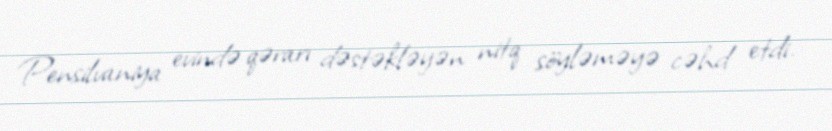
Pensilvaniya evində qərarı dəstəkləyən nitq söyləməyə cəhd etdi.